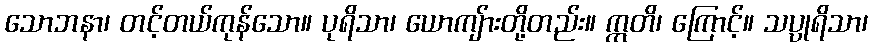
သောဘနာ၊ တင့်တယ်ကုန်သော။ ပုရိသာ၊ ယောကျ်ားတို့တည်း။ ဣတိ၊ ကြောင့်။ သပ္ပုရိသာ၊